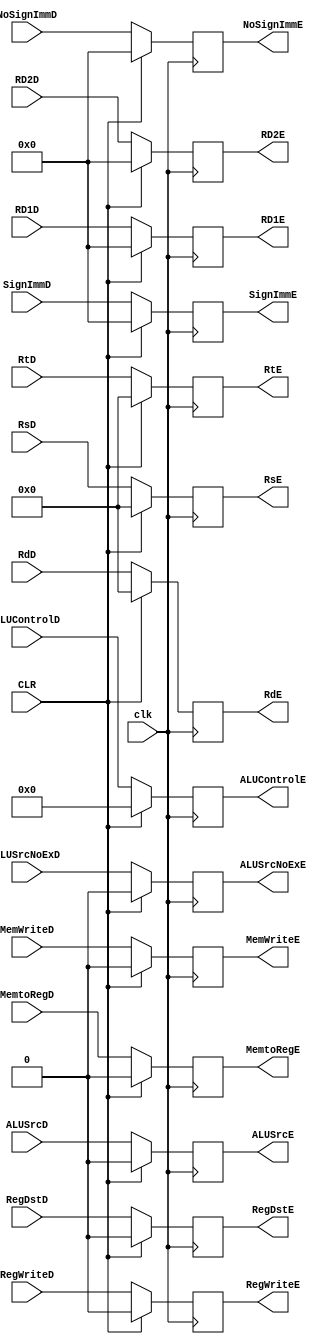
`timescale 1ns / 1ps

module Buffer3 #(parameter WIDTH=32)
   (
    input 		   RegWriteD,
    input 		   MemtoRegD,
    input 		   MemWriteD,
    input 		   ALUSrcD,
    input 		   ALUSrcNoExD,
    input 		   RegDstD,
    input [3:0] 	   ALUControlD,
    input [WIDTH-1:0] 	   RD1D, 
    input [WIDTH-1:0] 	   RD2D,
    input [4:0] 	   RsD,
    input [4:0] 	   RtD,
    input [4:0] 	   RdD, 
    input [WIDTH-1:0] 	   SignImmD,
    input [WIDTH-1:0] 	   NoSignImmD,
    input 		   CLR, 
    input 		   clk,

    output reg 		   RegWriteE, 
    output reg 		   MemtoRegE,
    output reg 		   MemWriteE,
    output reg 		   ALUSrcE,
    output reg 		   ALUSrcNoExE,
    output reg 		   RegDstE,
    output reg [3:0] 	   ALUControlE,
    output reg [WIDTH-1:0] RD1E, 
    output reg [WIDTH-1:0] RD2E, 
    output reg [4:0] 	   RsE, 
    output reg [4:0] 	   RtE, 
    output reg [4:0] 	   RdE,
    output reg [WIDTH-1:0] SignImmE,
    output reg [WIDTH-1:0] NoSignImmE
    );

   initial
     begin
	RegWriteE<=0;
	MemtoRegE<=0;
	MemWriteE<=0;
	ALUSrcE<=0;
	ALUSrcNoExE<=0;
	RegDstE<=0;
	ALUControlE<=0;
	RD1E<=0;
	RD2E<=0;
	RsE<=0;
	RtE<=0;
	RdE<=0;
	SignImmE<=0;
	NoSignImmE<=0;
     end // initial begin
   
   always @(posedge clk)
     begin
	if(CLR)
	  begin
	     RegWriteE<=0;
	     MemtoRegE<=0;
	     MemWriteE<=0;
	     ALUSrcE<=0;
	     ALUSrcNoExE<=0;
	     RegDstE<=0;
	     ALUControlE<=0;
	     RD1E<=0;
	     RD2E<=0;
	     RsE<=0;
	     RtE<=0;
	     RdE<=0;
	     SignImmE<=0;
	     NoSignImmE<=0;
	  end // if (CLR)
	else
	  begin
	     RegWriteE<=RegWriteD;
	     MemtoRegE<=MemtoRegD;
	     MemWriteE<=MemWriteD;
	     ALUSrcE<=ALUSrcD;
	     ALUSrcNoExE<=ALUSrcNoExD;
	     RegDstE<=RegDstD;
	     ALUControlE<=ALUControlD;
	     RD1E<=RD1D;
	     RD2E<=RD2D;
	     RsE<=RsD;
	     RtE<=RtD;
	     RdE<=RdD;
	     SignImmE<=SignImmD; 
	     NoSignImmE<=NoSignImmD;
	  end // else: !if(CLR)
     end
	
endmodule // Buffer3